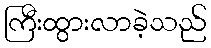
ကြီးထွားလာခဲ့သည်